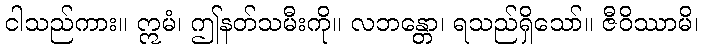
ငါသည်ကား။ ဣမံ၊ ဤနတ်သမီးကို။ လဘန္တော၊ ရသည်ရှိသော်။ ဇီဝိဿာမိ၊